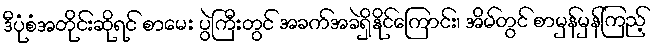
ဒီပုံစံအတိုင်းဆိုရင် စာမေး ပွဲကြီးတွင် အခက်အခဲရှိနိုင်ကြောင်း၊ အိမ်တွင် စာမှန်မှန်ကြည့်